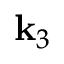
{ \bf k } _ { 3 }